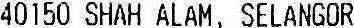
40150 SHAH ALAM, SELANGOR